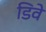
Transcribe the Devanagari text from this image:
डिवे